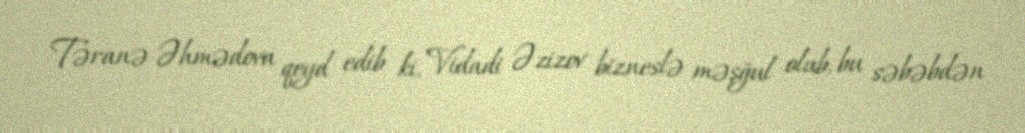
Təranə Əhmədova qeyd edib ki, Vidadi Əzizov bizneslə məşğul olub, bu səbəbdən